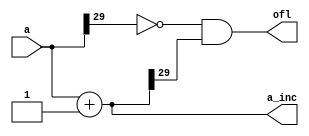
/*
//  Description:	
//  Contains the pc incrementer.
*/

module cpu7_ifu_incr30(a, a_inc, ofl);
   input  [29:0]  a;
   output [29:0]  a_inc;
   output 	  ofl;
   
   reg [29:0] 	  a_inc;
   reg 		  ofl;
   
   always @ (a)
     begin
	      a_inc = a + (30'b1);
	      ofl = (~a[29]) & a_inc[29];
     end
   
   
   
endmodule // sparc_ifu_incr46